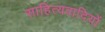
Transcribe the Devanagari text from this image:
साहित्यवादियों